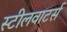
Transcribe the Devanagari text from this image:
स्टीलवाटर्स